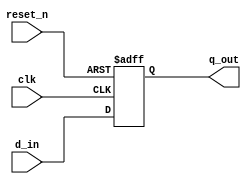
`timescale 1ns / 1ps
//////////////////////////////////////////////////////////////////////////////////
// Company: 
// Engineer: 
// 
// Design Name: 
// Module Name: lab51_width_violation
// Project Name: 
// Target Devices: 
// Tool Versions: 
// Description: 
// 
// Dependencies: 
// 
// Revision:
// Revision 0.01 - File Created
// Additional Comments:
// 
//////////////////////////////////////////////////////////////////////////////////


module lab51_width_violation(
                          input d_in,
                          input clk, reset_n,
                          output reg q_out
                         
    );
     
    always @(posedge clk or negedge reset_n)
    begin
        if(!reset_n)
            q_out <= 1'b0;
        else
            q_out <= d_in;
    end
endmodule